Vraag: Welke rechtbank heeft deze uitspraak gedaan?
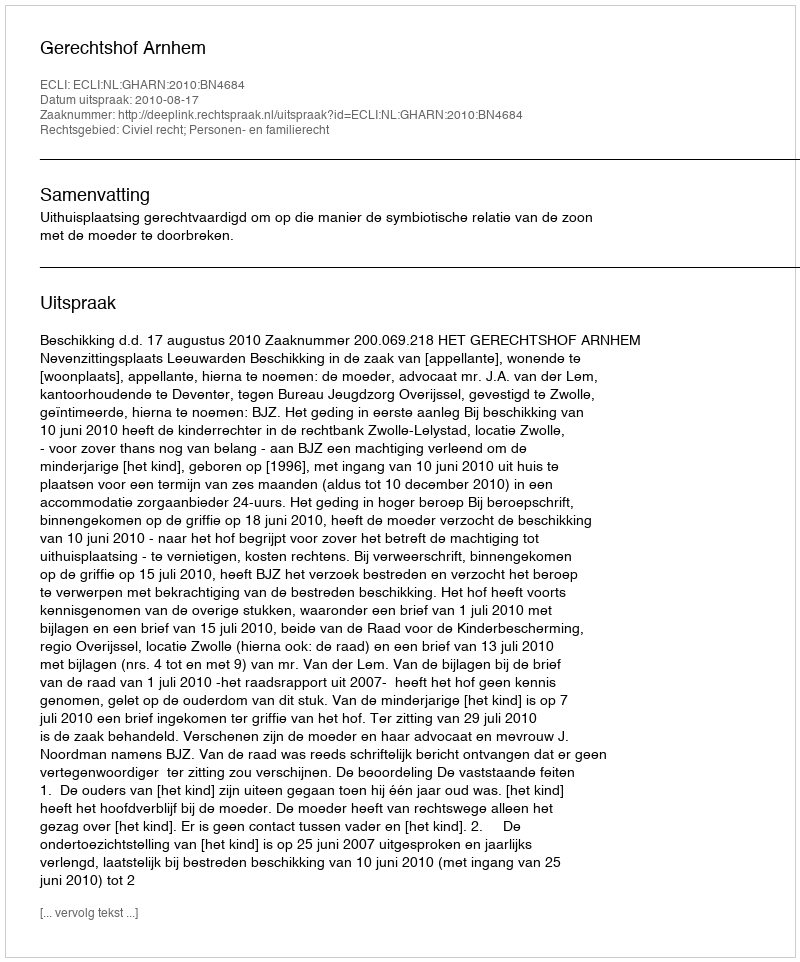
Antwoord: Gerechtshof Arnhem